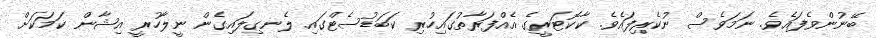
ބޭނުންވެފައެވެ. ނަމަވެސް ނުކެރިފައެވެ. ކާކޮޓަރީގެ އެއްފަރާތުގައިހުރި ކަބަޑުސެޓްގައި ލެނގިލައިގެން ނީލާހުރީ އިޝާން ކަމަކަށް